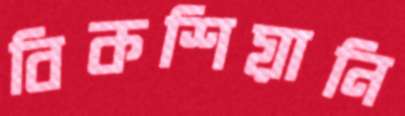
বিকশিয়ানি